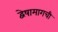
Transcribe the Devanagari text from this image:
द्वेषामागची